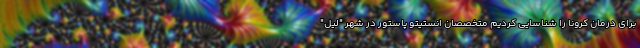
برای درمان کرونا را شناسایی کردیم متخصصان انستیتو پاستور در شهر "لیل"